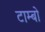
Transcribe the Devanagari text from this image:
टाम्‍बो